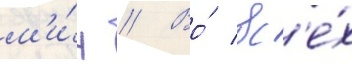
м'и́н // Во́ вс'е́х